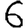
Digit: 6